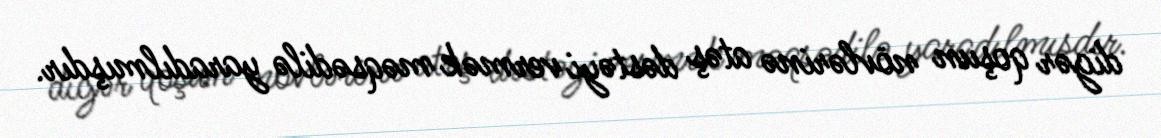
digər qoşun növlərinə atəş dəstəyi vermək məqsədilə yaradılmışdır.